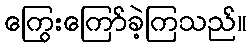
ကြွေးကြော်ခဲ့ကြသည်။